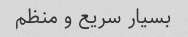
بسیار سریع و منظم